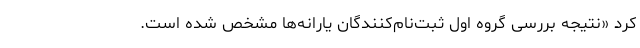
کرد «نتیجه بررسی گروه اول ثبت‌نام‌کنندگان یارانه‌ها مشخص شده است.